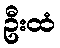
ဦးထံ